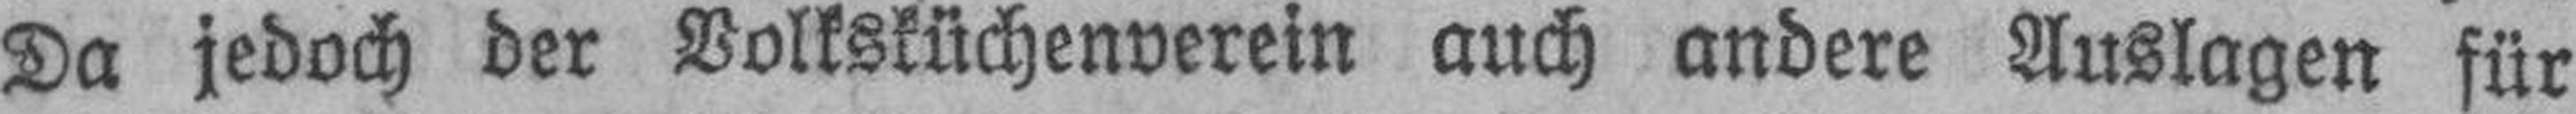
Da jedoch der Volksküchenverein auch andere Auslagen für